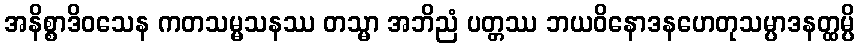
အနိစ္စာဒိဝသေန ကတသမ္မသနဿ တသ္မာ အဘိညံ ပတ္တဿ ဘယဝိနောဒနဟေတုသမ္ပာဒနတ္ထမ္ပိ